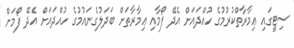
ސިޓީގައި ޢިމާރާތްކުރުމުގެ ހުއްދައަށް އެދޭ ފޯމާއި ޢިމާރާތަށް ބަދަލުގެނައުމުގެ ހުއްދައަށް އެދޭ ފޯމަށް